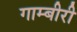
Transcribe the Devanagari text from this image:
गाम्बीरी